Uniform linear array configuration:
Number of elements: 8
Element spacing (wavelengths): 0.75
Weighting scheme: hamming
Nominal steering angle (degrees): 60
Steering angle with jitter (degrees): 59.219
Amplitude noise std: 0.05
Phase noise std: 0.05

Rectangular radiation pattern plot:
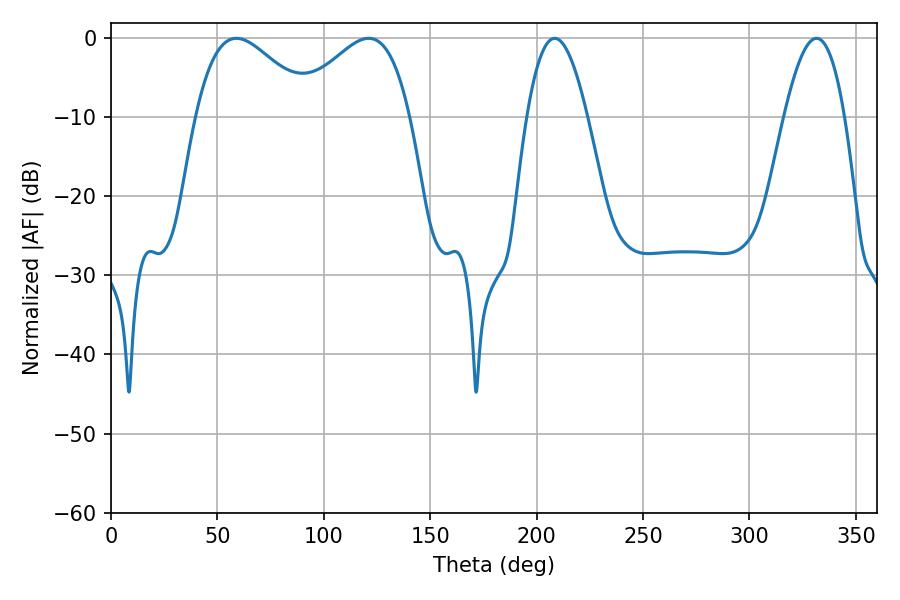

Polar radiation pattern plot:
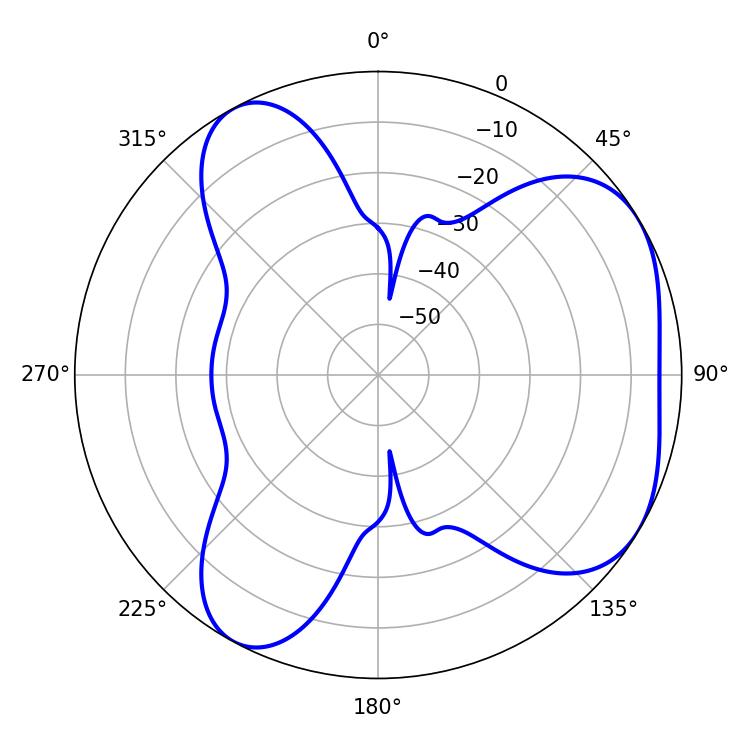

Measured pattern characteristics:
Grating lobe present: TRUE
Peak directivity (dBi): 4.737
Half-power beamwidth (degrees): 29.7
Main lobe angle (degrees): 58.86